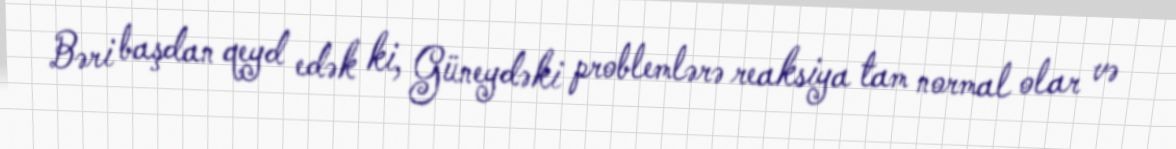
Bəri başdan qeyd edək ki, Güneydəki problemlərə reaksiya tam normal olar və